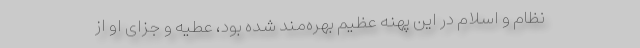
نظام و اسلام در این پهنه عظیم بهره‌مند شده بود، عطیه و جزای او از